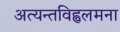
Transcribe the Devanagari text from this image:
अत्यन्तविह्वलमना